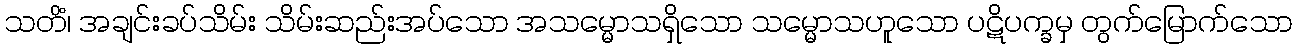
သတိံ၊ အချင်းခပ်သိမ်း သိမ်းဆည်းအပ်သော အသမ္မောသရှိသော သမ္မောသဟူသော ပဋိပက္ခမှ တွက်မြောက်သော